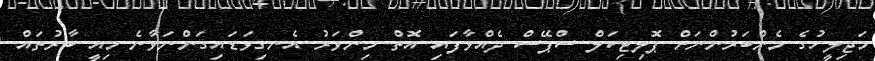
މަޖިލީހުގެ މެންބަރުންނަށް ޕޮލިޓިކަލް ސްޕޭސް ދެއްވާފައި އޮތް މިންވަރު އެނގިވަޑައިގަންނަވާނެ މިއީ ބާރުތައް